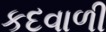
કદવાળી